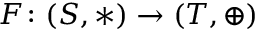
F \colon ( S , * ) \rightarrow ( T , \oplus )